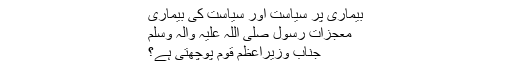
بیماری پر سیاست اور سیاست کی بیماری
معجزات رسول صلی اللہ علیہ وآلہ وسلم
جناب وزیراعظم قوم پوچھتی ہے؟